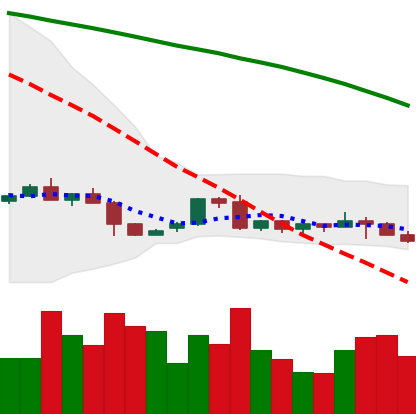
Ticker: LTC-USD
Chart end date: 2022-06-09
Forward return: -23.389%
Label: down_7plus